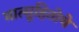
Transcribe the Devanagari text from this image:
मात्सुहितोचे